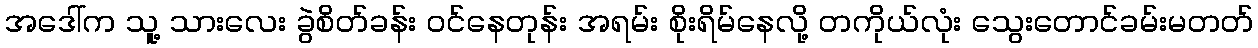
အဒေါ်က သူ့ သားလေး ခွဲစိတ်ခန်း ဝင်နေတုန်း အရမ်း စိုးရိမ်နေလို့ တကိုယ်လုံး သွေးတောင်ခမ်းမတတ်